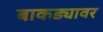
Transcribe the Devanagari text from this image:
बाकड्यावर